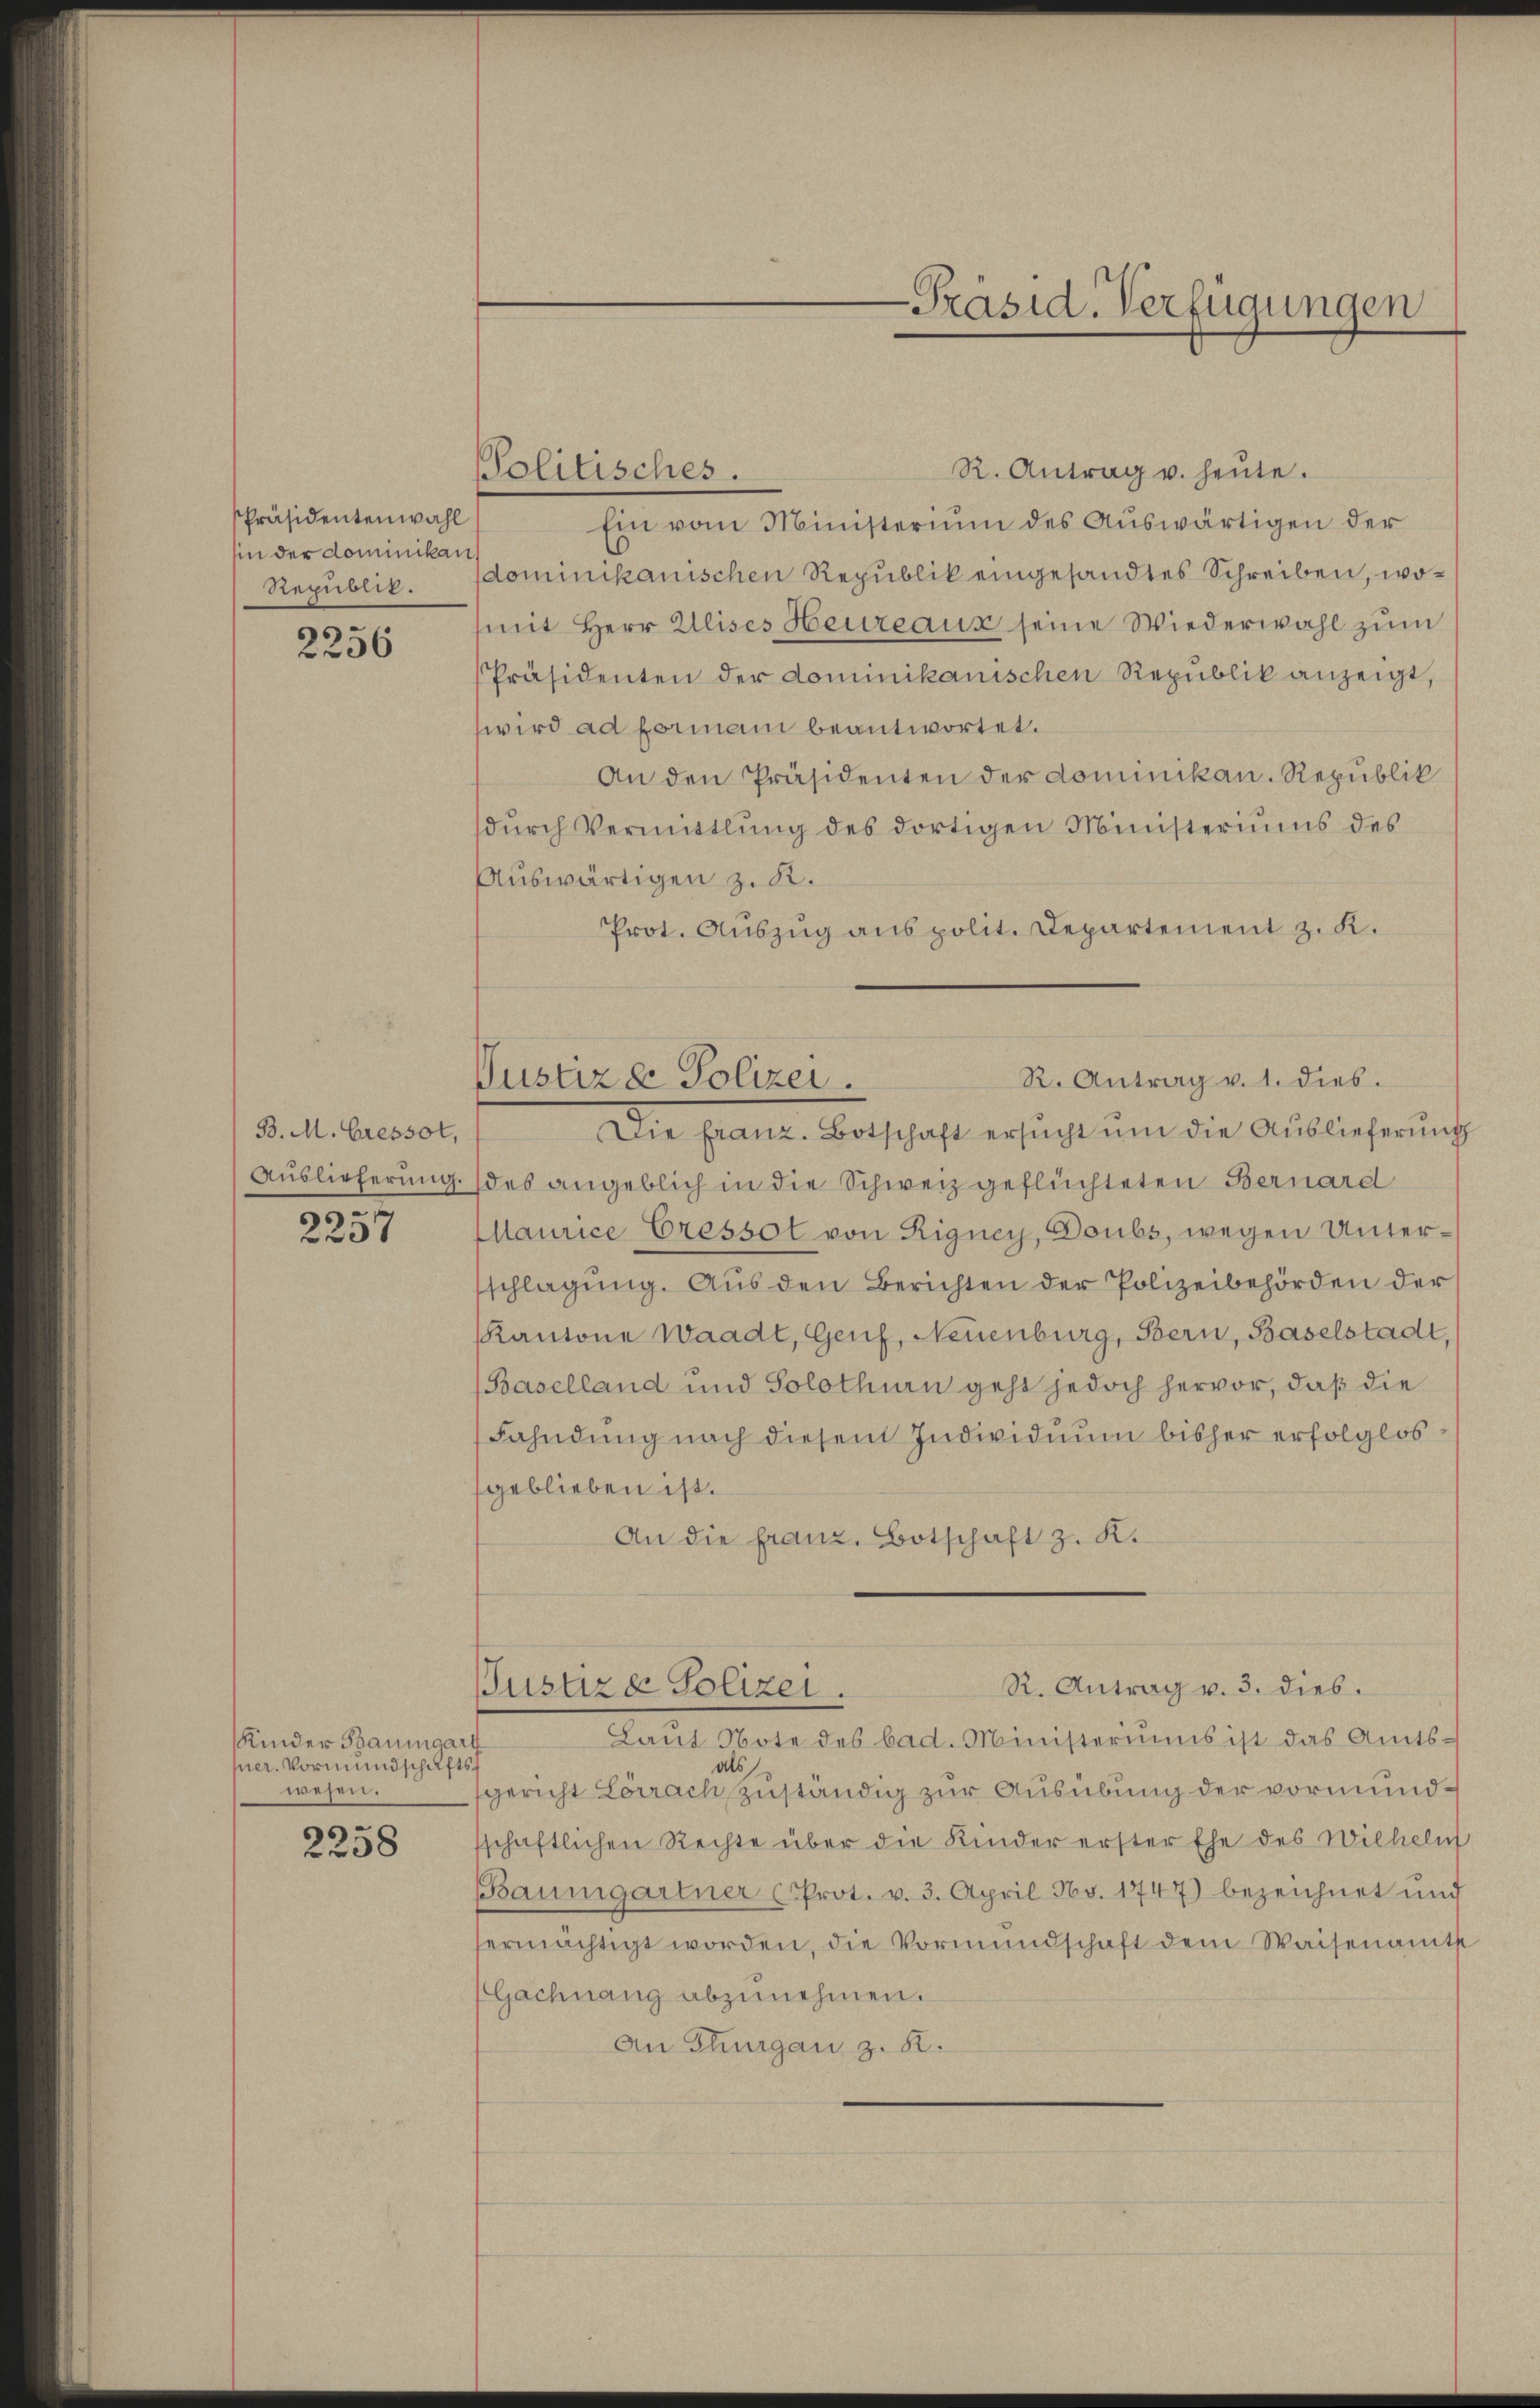
Präsidentenwahl
hin der dominikan
Republik.

2256

B. M. Gressot,
Auslieferung.
e

2257

Kinder Baumgart
per. Vormundschaftsf
wesen.

2258

R. Antrag u. heute.
Politisches.
Ein vom Ministerium des Auswärtigen der
dominikanischen Republik eingesandtes Schreiben, womit Herr Alises Heureaus seine Wiederwahl zum
Präsidenten der dominikanischen Republik anzeigt,
wird ad Formani beantwortet.
An den Präsidenten der dominikan. Republik
durch Vermittlung des dortigen Ministeriums des
Auswärtigen z. R.
Prot. Auszug aus polit. Departement z. K.
R. Antrag v. 1. dies.
Justiz & Polizei.
Die Franz-Botschaft ersŭcht um die Auslieferung
des angeblich in die Schweiz geflüchteten Bernard
Maurice Cressot von Rigney, Doubs, wegen Unterschlagung. Aus den Berichten der Polizeibehörden der
Kantone Waadt, Genf, Neuenburg, Bern, Baselstadt,
Baselland und Solothurn geht jedoch hervor, daß die
Fahndung nach diesem Individuum bisher erfolglos
geblieben ist.
An die franz. Botschaft z. K.

Justiz & Polizei.

-Präsid. Verfügungen

Laŭt Note des bad. Ministeriums ist das Amts-
als
gericht Lörrach zuständig zur Ausübung der vormundschaftlichen Rechte über die Kinder erster Ehe des Wilheln
Baumgartner (Prot. v. 3. April No. 1747) bezeichnet und
ermächtigt worden, die Vormundschaft dem Waisenamts
Gachnang abzunehmen.
An Thurgau z. 82.

R. Antrag v. 3. dies.